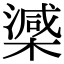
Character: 𣚘